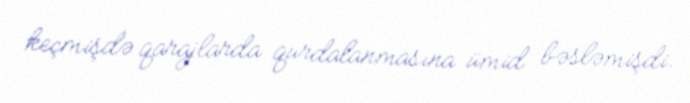
keçmişdə qarajlarda qurdalanmasına ümid bəsləmişdi.